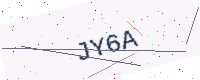
Text: JY6A